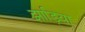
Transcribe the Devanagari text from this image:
झाड़िया